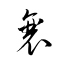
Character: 襄